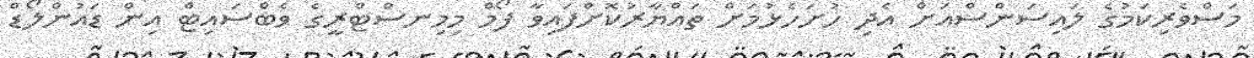
މަސްވެރިކަމުގެ ލައިސަންސްއަށް އެދި ހުށަހެޅުމަށް ތައްޔާރުކޮށްފައިވާ ފޯމް މިމިނސްޓްރީގެ ވެބްސައިޓް އިން ޑައުންލޯޑް